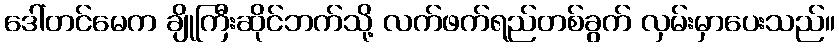
ဒေါ်တင်မေက ချိုကြီးဆိုင်ဘက်သို့ လက်ဖက်ရည်တစ်ခွက် လှမ်းမှာပေးသည်။